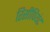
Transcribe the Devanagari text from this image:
रिसीपियंट